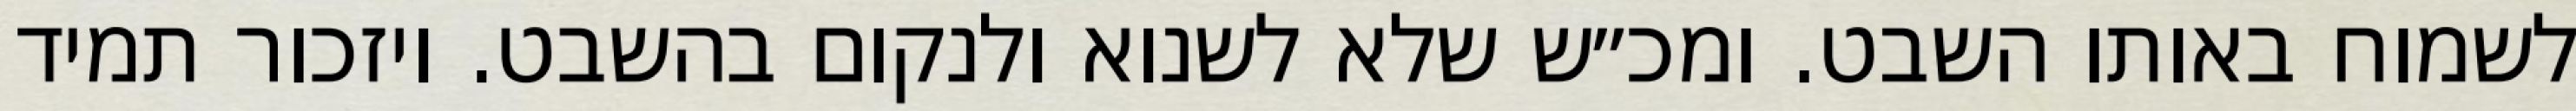
לשמוח באותו השבט. ומכ״ש שלא לשנוא ולנקום בהשבט. ויזכור תמיד